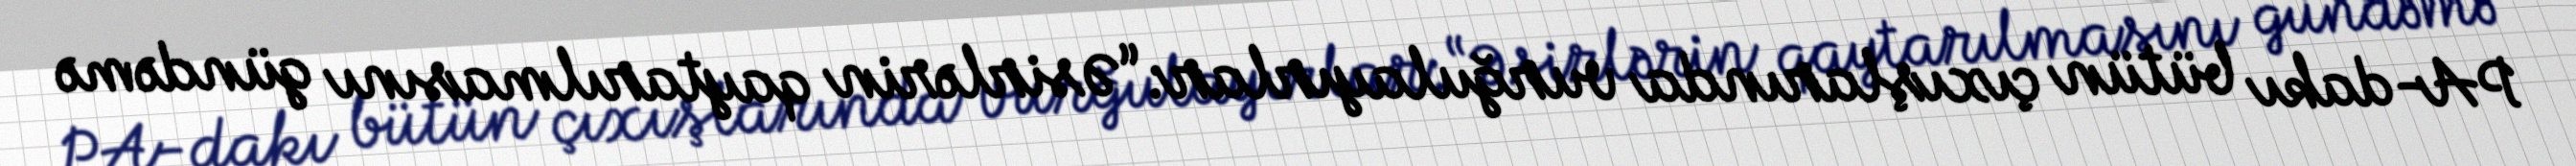
PA-dakı bütün çıxışlarında vurğulayırlar: “Əsirlərin qaytarılmasını gündəmə